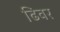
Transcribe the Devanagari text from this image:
ढिवर